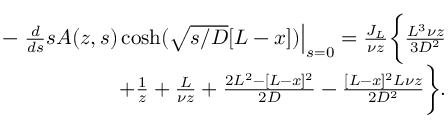
\begin{array} { r l r } & { } & { - \left. \frac { d } { d s } s A ( z , s ) \cosh ( \sqrt { s / D } [ L - x ] ) \right| _ { s = 0 } = \frac { J _ { L } } { \nu z } \bigg \{ \frac { L ^ { 3 } \nu z } { 3 D ^ { 2 } } } \\ & { } & { + \frac { 1 } { z } + \frac { L } { \nu z } + \frac { 2 L ^ { 2 } - [ L - x ] ^ { 2 } } { 2 D } - \frac { [ L - x ] ^ { 2 } L \nu z } { 2 D ^ { 2 } } \bigg \} . } \end{array}